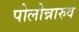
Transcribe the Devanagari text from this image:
पोलोन्नारुव